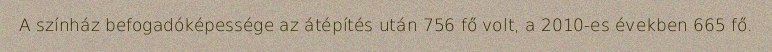
A színház befogadóképessége az átépítés után 756 fő volt, a 2010-es években 665 fő.